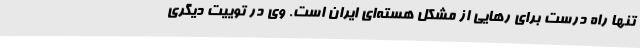
تنها راه درست برای رهایی از مشکل هسته‌ای ایران است. وی در توییت دیگری